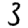
Digit: 3